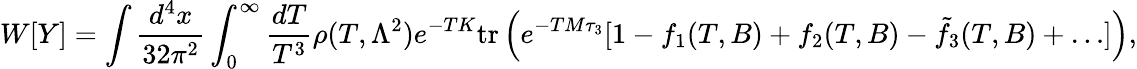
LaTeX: W[Y]=\int\frac{d^{4}x}{32\pi^{2}}\int_{0}^{\infty}\frac{dT}{T^{3}}\rho(T,\Lambda^{2})e^{-TK}\mathrm{tr}\left(e^{-TM\tau_{3}}[1-f_{1}(T,B)+f_{2}(T,B)-\tilde{f}_{3}(T,B)+\ldots]\right),